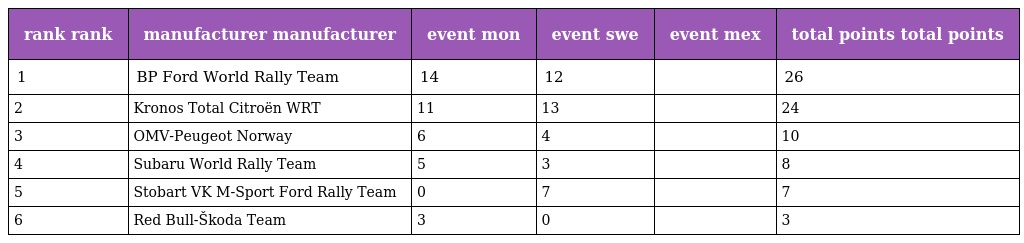
| rank rank | manufacturer manufacturer | event mon | event swe | event mex | total points total points |
 | --- | --- | --- | --- | --- | --- |
 | 1 | BP Ford World Rally Team | 14 | 12 |  | 26 |
 | 2 | Kronos Total Citroën WRT | 11 | 13 |  | 24 |
 | 3 | OMV-Peugeot Norway | 6 | 4 |  | 10 |
 | 4 | Subaru World Rally Team | 5 | 3 |  | 8 |
 | 5 | Stobart VK M-Sport Ford Rally Team | 0 | 7 |  | 7 |
 | 6 | Red Bull-Škoda Team | 3 | 0 |  | 3 |